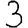
Digit: 3